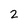
Character: 2